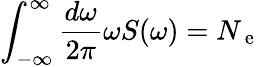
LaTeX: \int_{-\infty}^{\infty}\frac{d\omega}{2\pi}\omega S(\omega)=N_{\mathrm{~e~}}